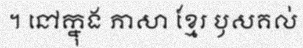
។ នៅក្នុង ភាសា ខ្មែរ ឫសគល់